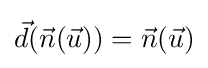
{\vec {d}}({\vec {n}}({\vec {u}}))={\vec {n}}({\vec {u}})